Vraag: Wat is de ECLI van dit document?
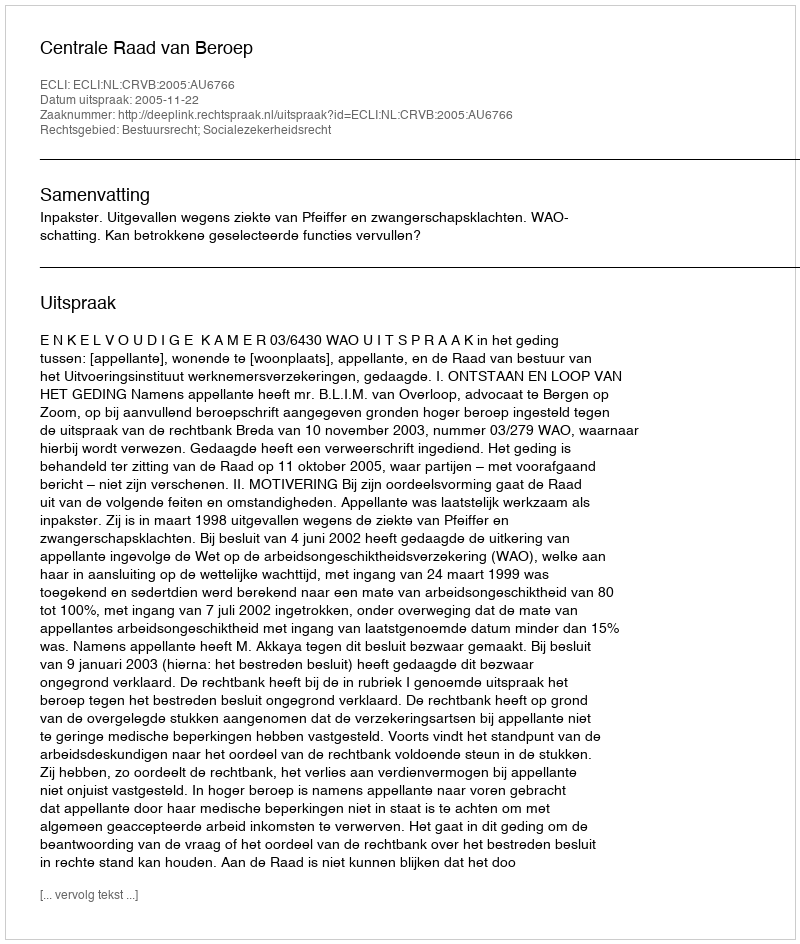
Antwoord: ECLI:NL:CRVB:2005:AU6766